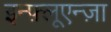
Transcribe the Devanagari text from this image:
इन्फ़्लूएन्ज़ा